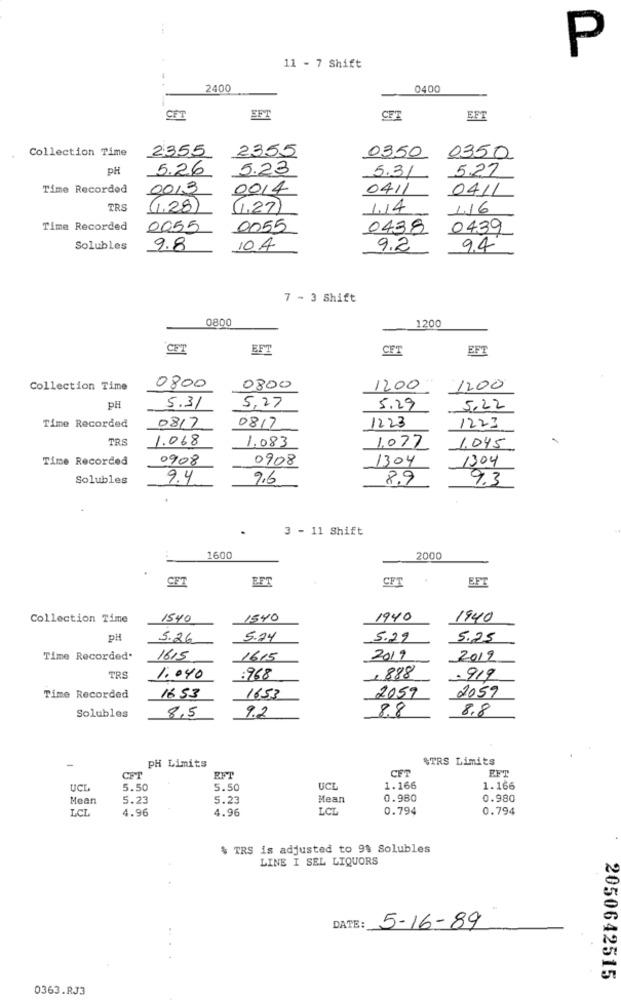
P
11 - 7 Shift
2400
0400
CFT
EFT
CFT
EFT
Collection Time
2355
2355
0350
0350
PH
5.26
5.23
5.31
5.27
Time Recorded
0013
0014
0411
0411
TRS
(1,28)
(1,27)
1.14
116
Time Recorded
0055
0055
0438
0439
Solubles
9.8
104
9.2
9,4
7 - 3 Shift
0800
1200
CFT
EFT
CET
EF
Collection Time
0800
0800
1200
1200
PH
5.31
5,27
5.29
5.22
1223
Time Recorded
08/7
0817
1223
TRS
1.068
1.083
1.077
1,045
Time Recorded
0908
0908
1304
1304
Solubles
9.4
9.6
8.9
9.3
3 - 11 Shift
1600
2000
CFT
EFT
CFT
EFT
Collection Time
1540
1540
1940
1940
pH
5.26
5.24
5.29
5.25
Time Recorded'
16.5
1615
2019
2019
TRS
1.040
.968
1.888
.919
Time Recorded
1653
1653
2059
2059
Solubles
8,5
8.8
8.8
9.2
PH Limits
$TRS Limits
CET
CFT
UCL
5.50
5.50
UCL
1.166
1.166
Mean
5.23
5.23
Mean
0.980
0.980
LCI
4.96
4.96
LCL
0.794
0.794
$ TRS is adjusted to 9% Solubles
LINE I SEL LIQUORS
DATE:
5-16-89
2050642515
0363.RJ3